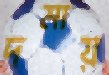
দমায়